Vabadussoja_Ajaloo_Komitee, lk 9
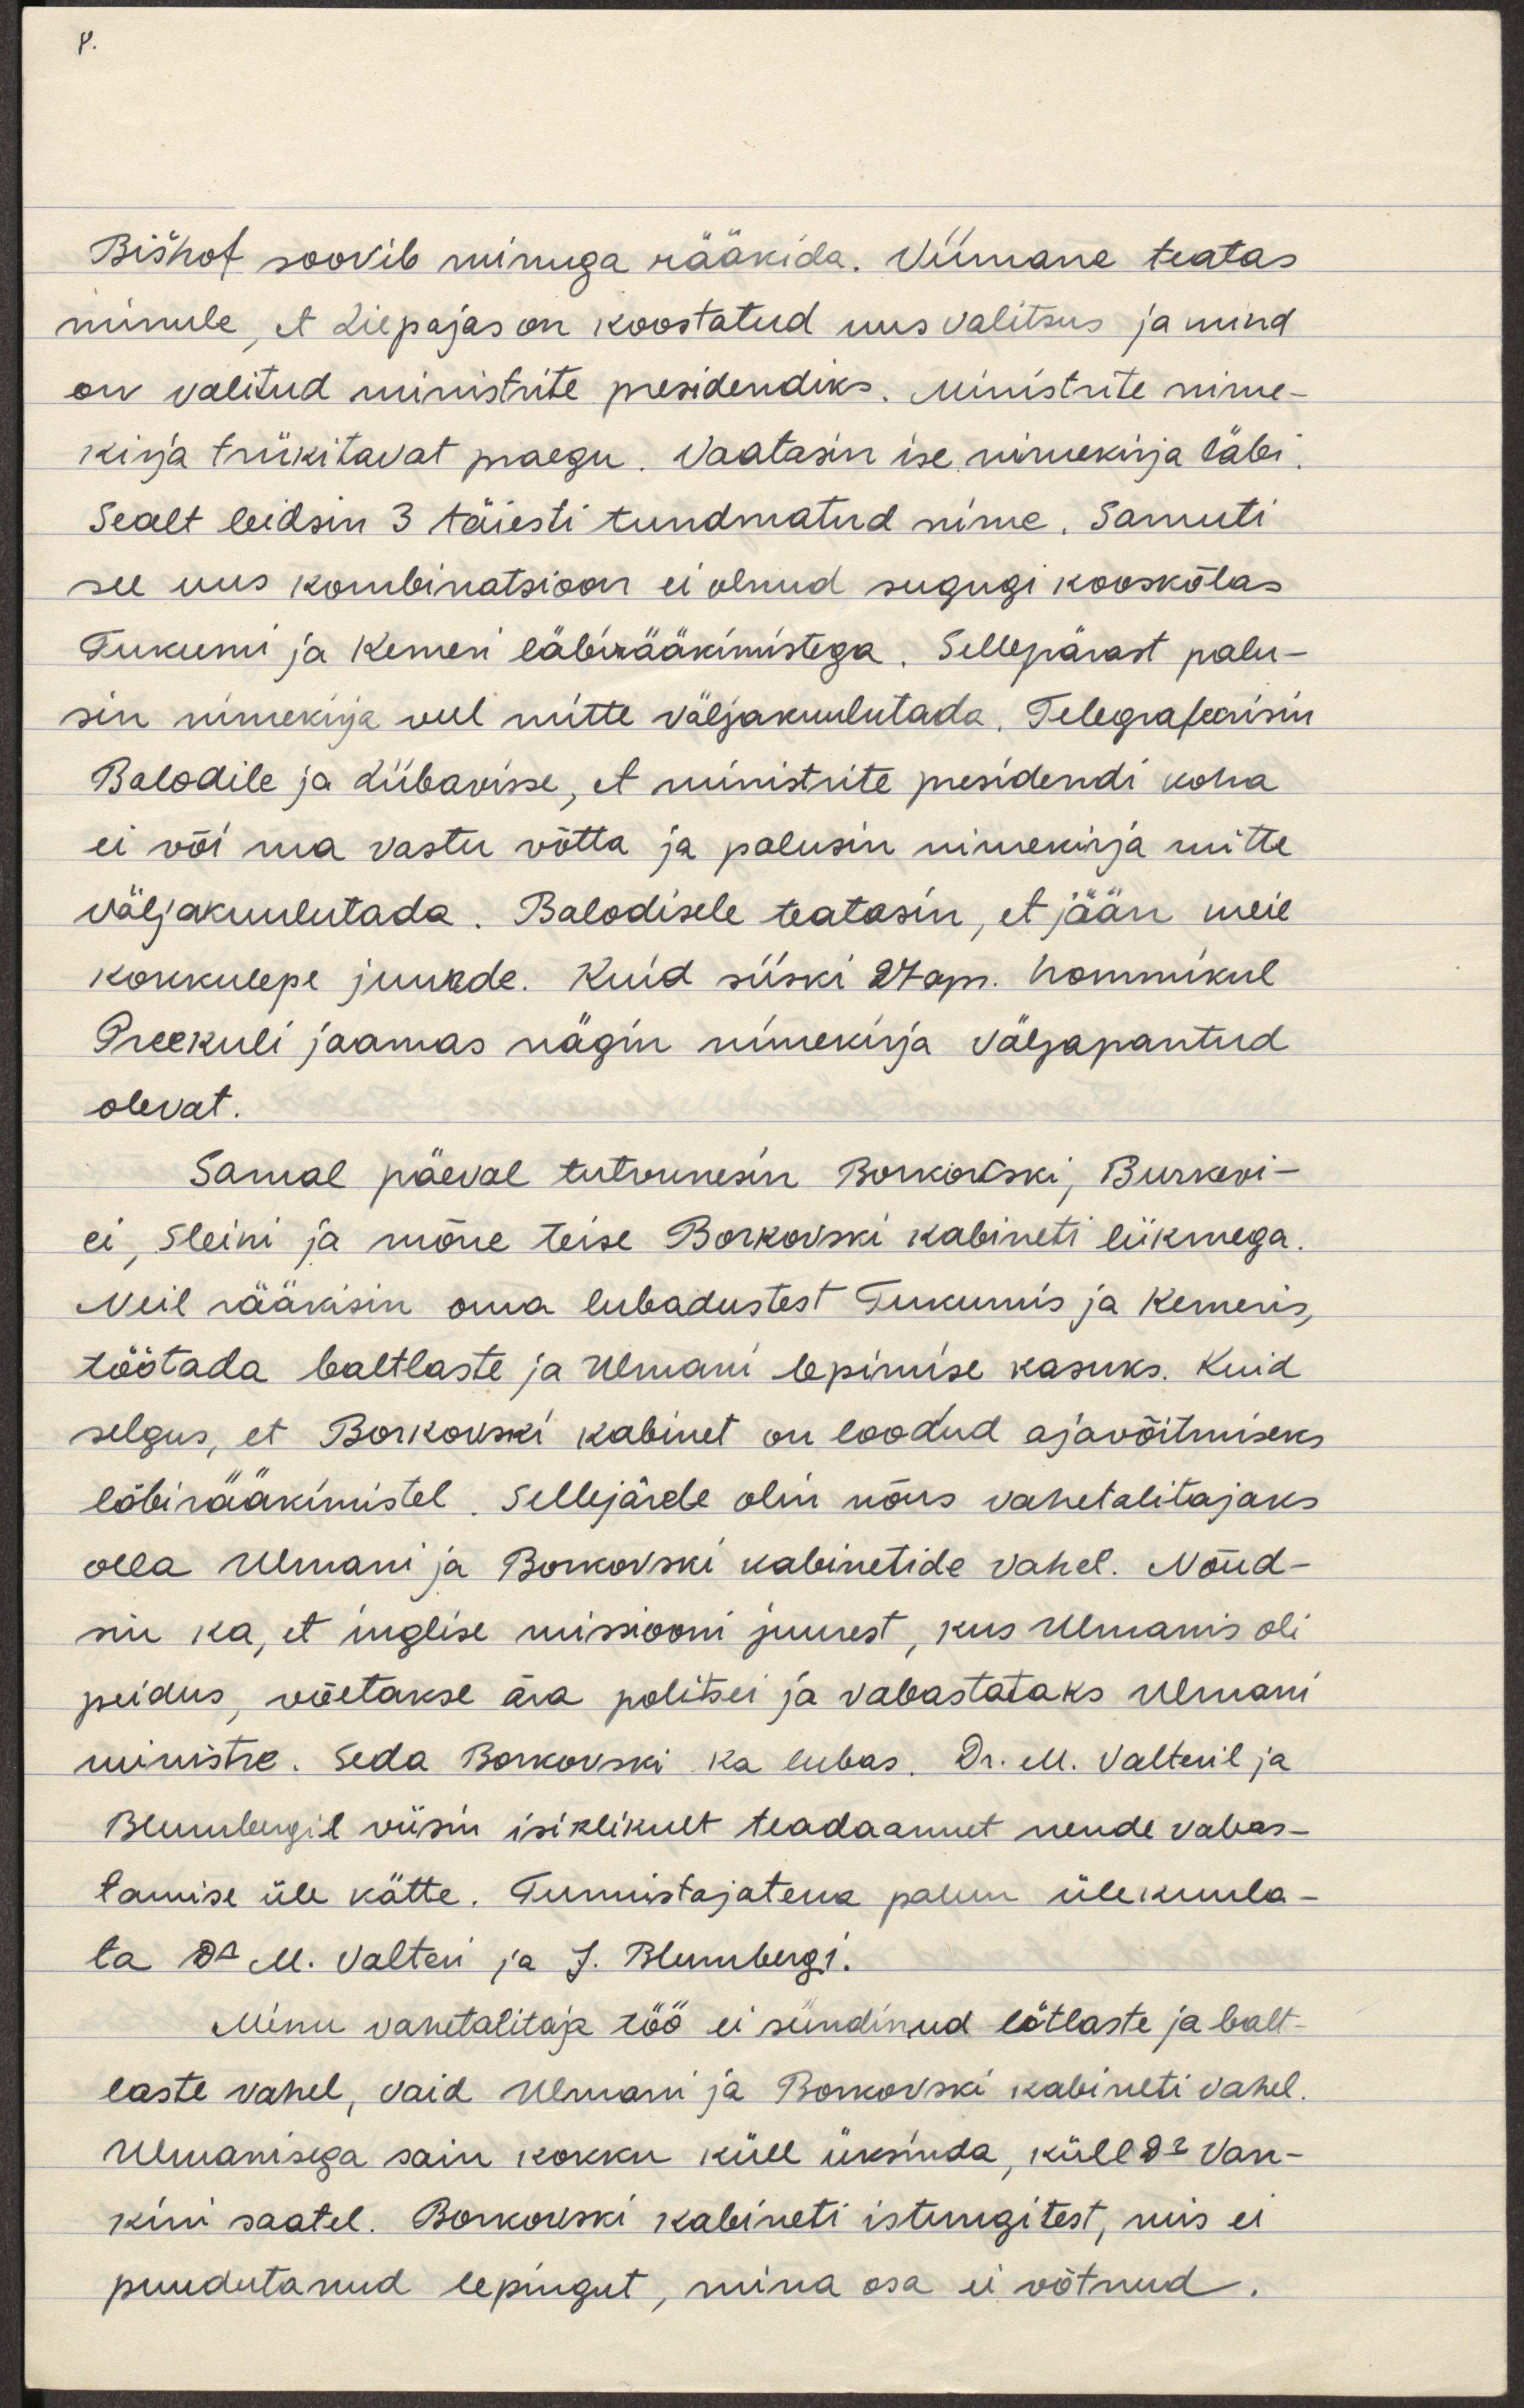
Bišhof soovib minuga rääkida. Viimane teatas
minule, et Liepajas on koostatud uus valitsus ja mind
on valitud ministrite presidendiks. Ministrite nime-
kirja trükitavat praegu. Vaatasin ise nimekirja läbi.
Sealt leidsin 3 täiesti tundmatud nime. Samuti
see uus kombinatsioon ei olnud sugugi kooskõlas
Tukumi ja Kemeri läbirääkimistega. Sellepärast palu-
sin nimekirja veel mitte väljakuulutada. Telegrafeerisin
Balodile ja Liibavisse, et ministrite presidendi koha
ei või ma vastu võtta ja palusin nimekirja mitte
väljakuulutada. Balodisele teatasin, et jään meie
kokkulepe juurde. Kuid siiski 27 apr. hommikul
Preekuli jaamas nägin nimekirja väljapantud
olevat.
Samal päeval tutvunesin Borkovski, Burkevi-
ei, Sleini ja mõne teise Borkovski kabineti liikmega.
Neil rääkisin oma lubadustest Tukumis ja Kemeris,
töötada baltlaste ja Ulmani lepimise kasuks. Kuid
selgus, et Borkovski kabinet on loodud ajavõitmiseks
läbirääkimistel. Sellejärele olin nõus vahetalitajaks
olla Ulmani ja Borkovski kabinetide vahel. Nõud-
sin ka, et inglise missiooni juurest, kus Ulmanis oli
peidus, võetakse ära politsei ja vabastataks Ulmani
ministre. Seda Borkovski ka lubas. Dr. M. Valteril ja
Blumbergil viisin isiklikult teadaannet nende vabas-
tamise üle kätte. Tunnistajatena palun ülekuula-
ta Dr. M. Valteri ja J. Blumbergi.
Minu vahetalitaja töö ei sündinud lätlaste ja balt-
laste vahel, vaid Ulmani ja Borkovski kabineti vahel.
Ulmaniga sain kokku küll üksinda, küll Dr Van-
kini saatel. Borkovski kabineti istungitest, mis ei
puudutanud lepingut, mina osa ei võtnud.